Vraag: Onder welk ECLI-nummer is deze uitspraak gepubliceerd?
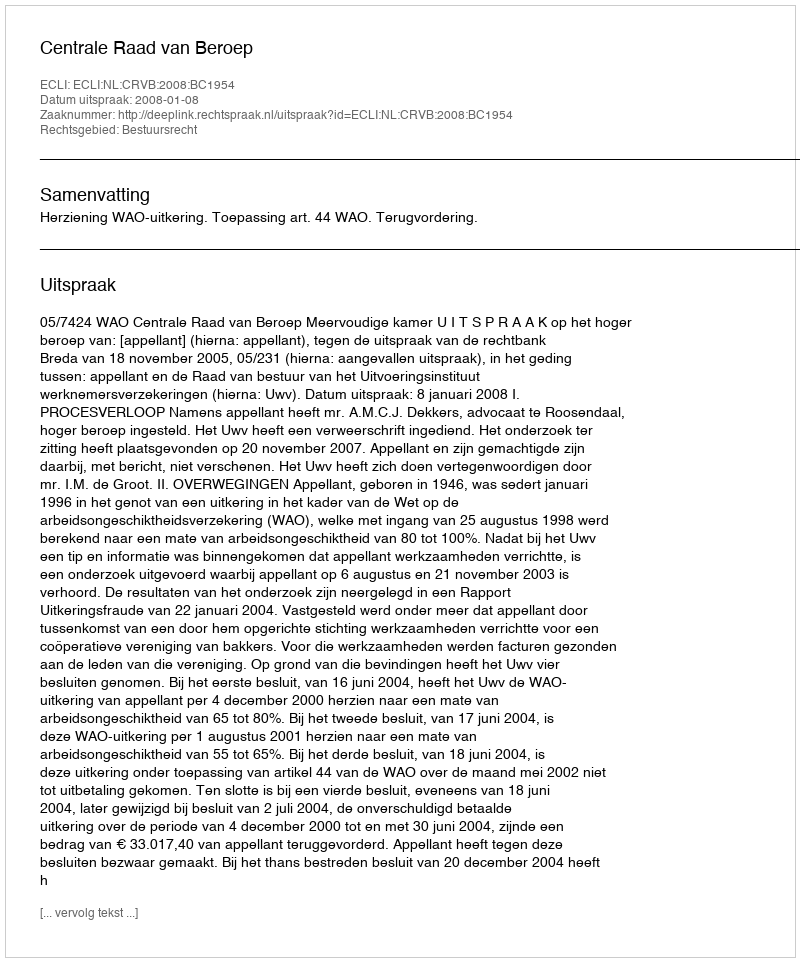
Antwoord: ECLI:NL:CRVB:2008:BC1954